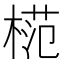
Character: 𣔶